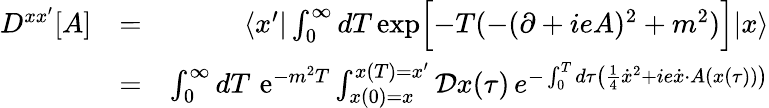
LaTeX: \begin{array}{rlr}{D^{xx^{\prime}}[A]}&{=}&{\langle x^{\prime}|\int_{0}^{\infty}dT\, \mathrm{exp}\Bigl\lbrack-T(-(\partial+ieA)^{2}+m^{2})\Bigr\rbrack|x\rangle}\\ &{=}&{\int_{0}^{\infty}dT\, \, \mathrm{e}^{-m^{2}T}\int_{x(0)=x}^{x(T)=x^{\prime}}{\cal D}x(\tau)\, e^{-\int_{0}^{T}d\tau\bigl({\frac{1}{4}}\dot{x}^{2}+ie\dot{x}\cdot A(x(\tau))\bigr)}}\end{array}